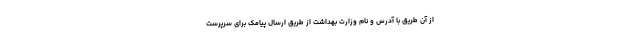
از آن طریق با آدرس و نام وزارت بهداشت از طریق ارسال پیامک برای سرپرست